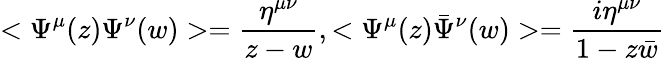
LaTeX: <\Psi^{\mu}(z)\Psi^{\nu}(w)>=\frac{\eta^{\mu\nu}}{z-w},<\Psi^{\mu}(z){\bar{\Psi}}^{\nu}(w)>=\frac{i\eta^{\mu\nu}}{1-z\bar{w}}